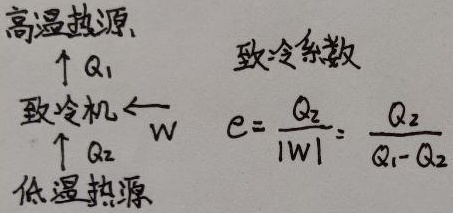
高温热源
\[
\begin{align*}
&\uparrow Q_1\\
\text{致冷机}&\xleftarrow{W}\\
&\uparrow Q_2
\end{align*}
\]
低温热源
致冷系数
\[e = \frac{Q_2}{|W|} = \frac{Q_2}{Q_1 - Q_2}\]